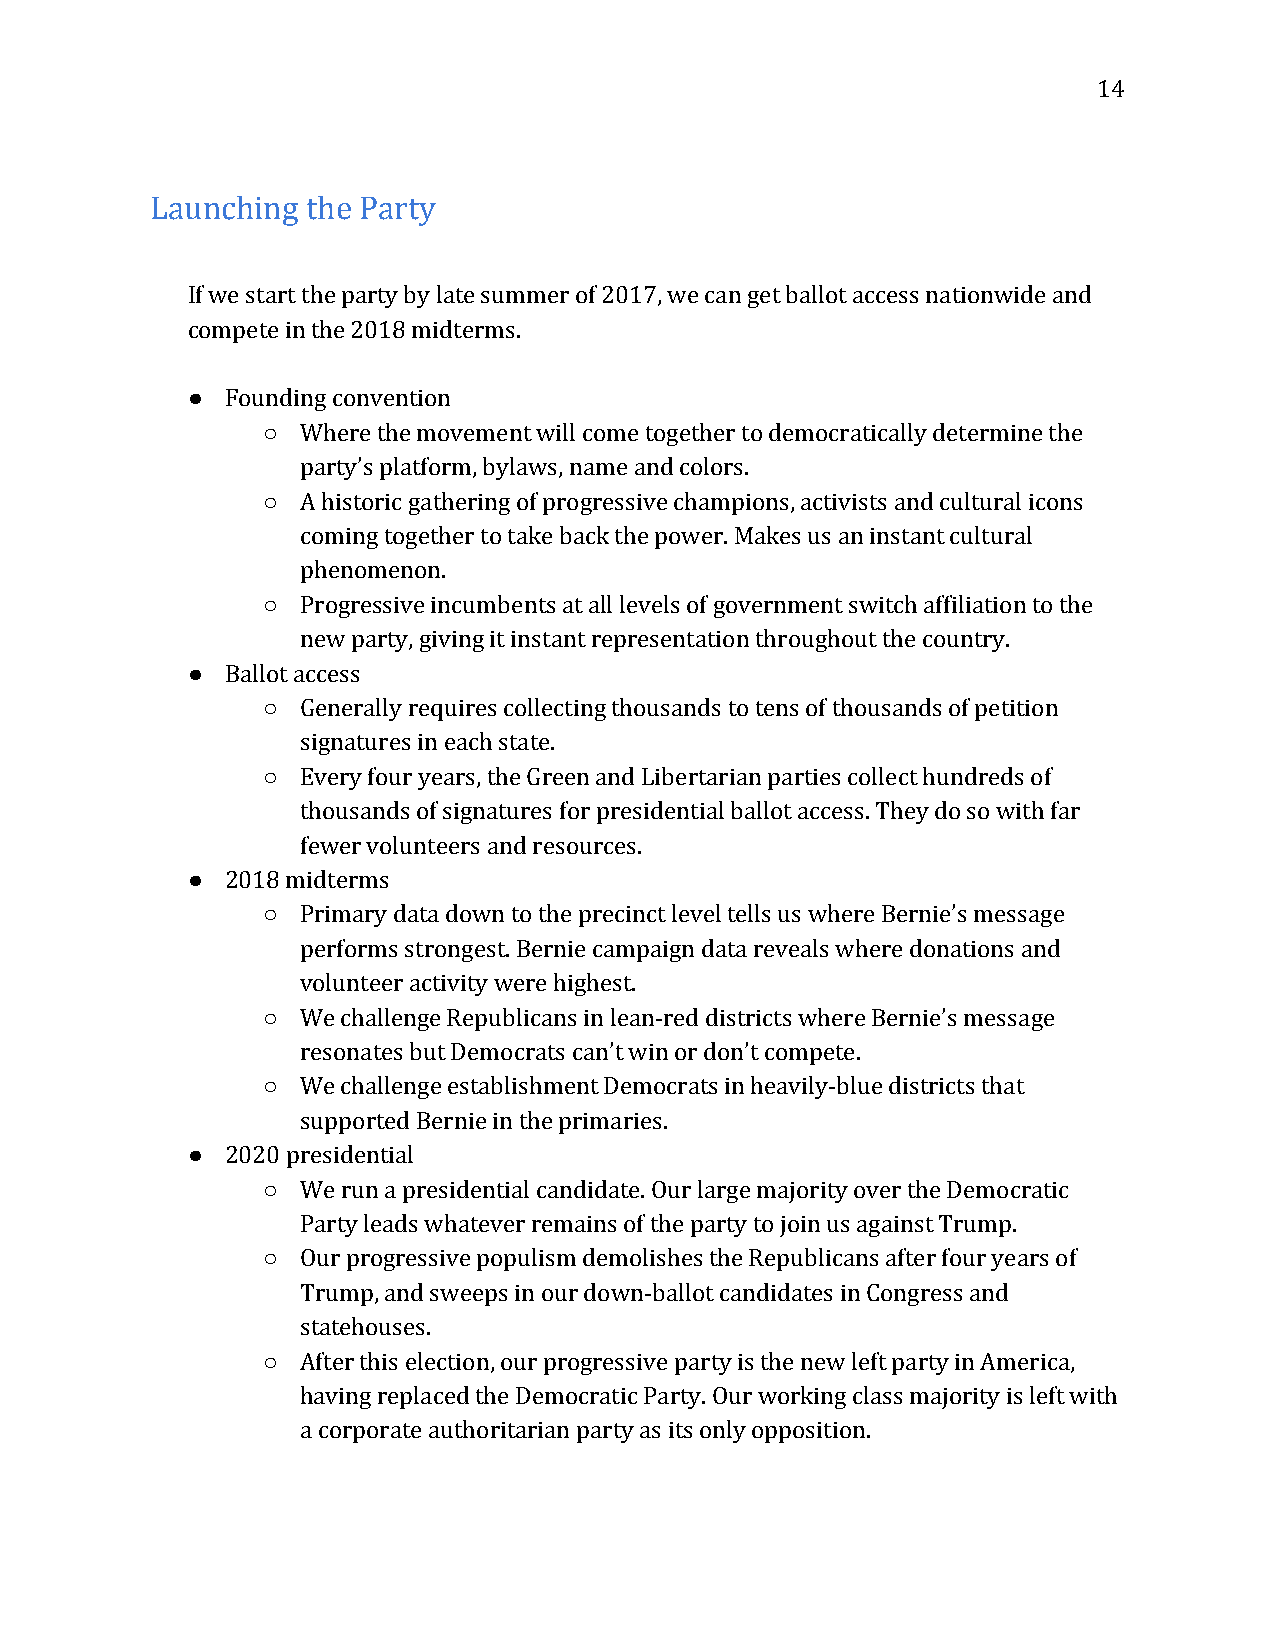
14
 Launching the Party
 If we start the party by late summer of 2017, we can get ballot access nationwide and
 compete in the 2018 midterms.
 ●  Founding convention
 ○  Where the movement will come together to democratically determine the
 party’s platform, bylaws, name and colors.
 ○  A historic gathering of progressive champions, activists and cultural icons
 coming together to take back the power. Makes us an instant cultural
 phenomenon.
 ○  Progressive incumbents at all levels of government switch affiliation to the
 new party, giving it instant representation throughout the country.
 ●  Ballot access
 ○  Generally requires collecting thousands to tens of thousands of petition
 signatures in each state.
 ○  Every four years, the Green and Libertarian parties collect hundreds of
 thousands of signatures for presidential ballot access. They do so with far
 fewer volunteers and resources.
 ●  2018 midterms
 ○  Primary data down to the precinct level tells us where Bernie’s message
 performs strongest. Bernie campaign data reveals where donations and
 volunteer activity were highest.
 ○  We challenge Republicans in lean-red districts where Bernie’s message
 resonates but Democrats can’t win or don’t compete.
 ○  We challenge establishment Democrats in heavily-blue districts that
 supported Bernie in the primaries.
 ●  2020 presidential
 ○  We run a presidential candidate. Our large majority over the Democratic
 Party leads whatever remains of the party to join us against Trump.
 ○  Our progressive populism demolishes the Republicans after four years of
 Trump, and sweeps in our down-ballot candidates in Congress and
 statehouses.
 ○  After this election, our progressive party is the new left party in America,
 having replaced the Democratic Party. Our working class majority is left with
 a corporate authoritarian party as its only opposition.